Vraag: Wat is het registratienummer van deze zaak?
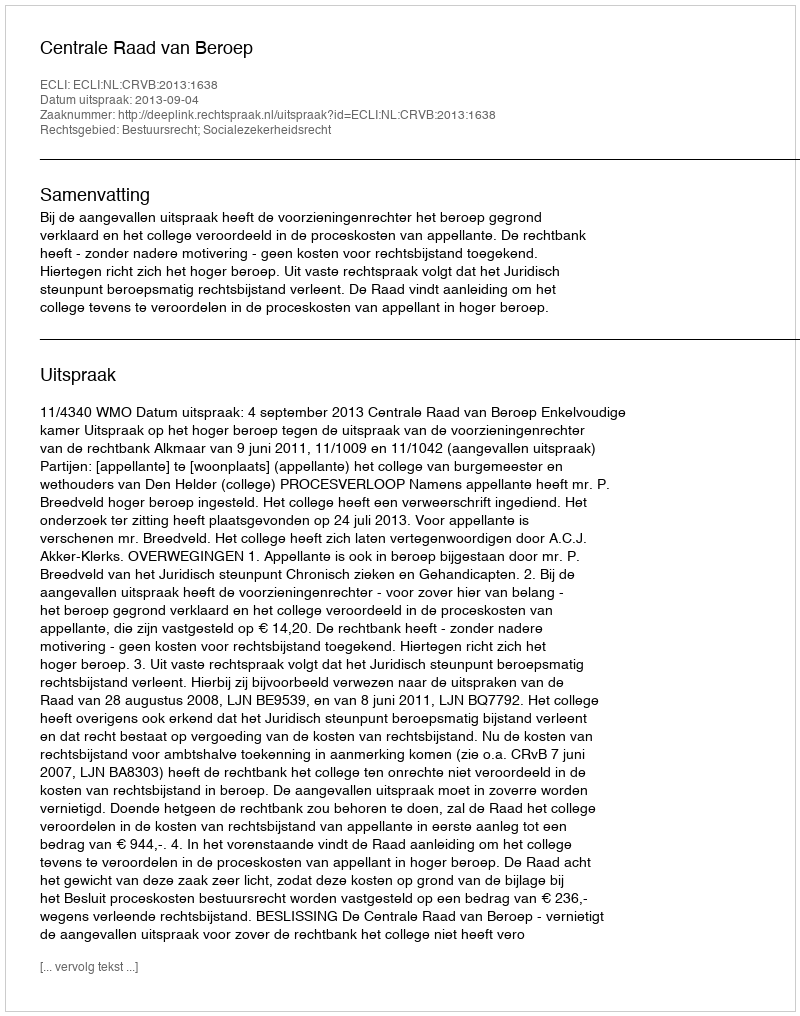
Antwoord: http://deeplink.rechtspraak.nl/uitspraak?id=ECLI:NL:CRVB:2013:1638